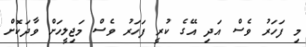
މި ފަހަރު ވެސް އަދި އޭގެ ކުރީ ފަހަރު ވެސް މަޖިލީހަށް ވާދަކޮށް